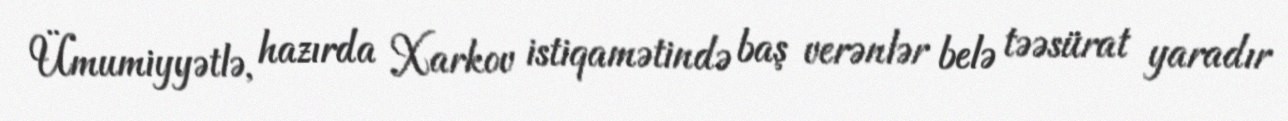
Ümumiyyətlə, hazırda Xarkov istiqamətində baş verənlər belə təəsürat yaradır